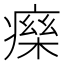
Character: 𤹅